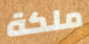
ملكة